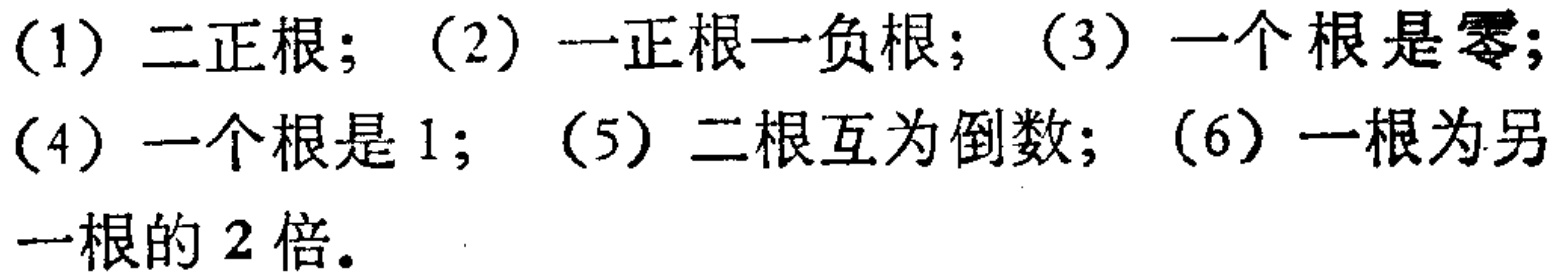
(1) 二正根；(2) 一正根一负根；(3) 一个根是零；
(4) 一个根是1；(5) 二根互为倒数；(6) 一根为另一根的2倍。